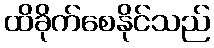
ထိခိုက်စေနိုင်သည်